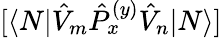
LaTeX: [\langle N|\hat{V}_{m}\hat{P}_{x}^{(y)}\hat{V}_{n}|N\rangle]